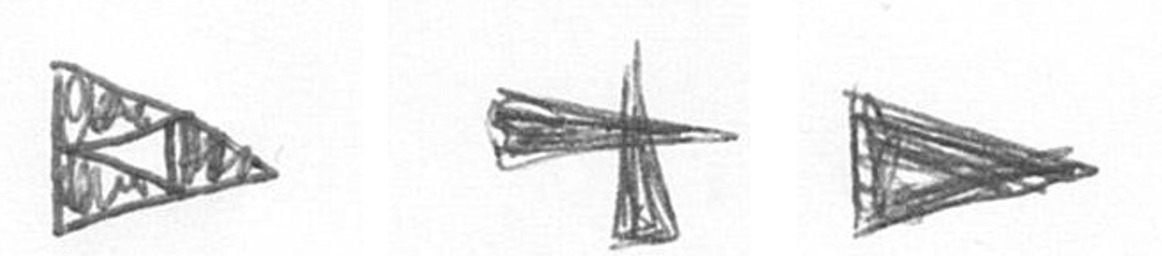
K G T